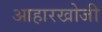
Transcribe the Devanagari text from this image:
आहारखोजी